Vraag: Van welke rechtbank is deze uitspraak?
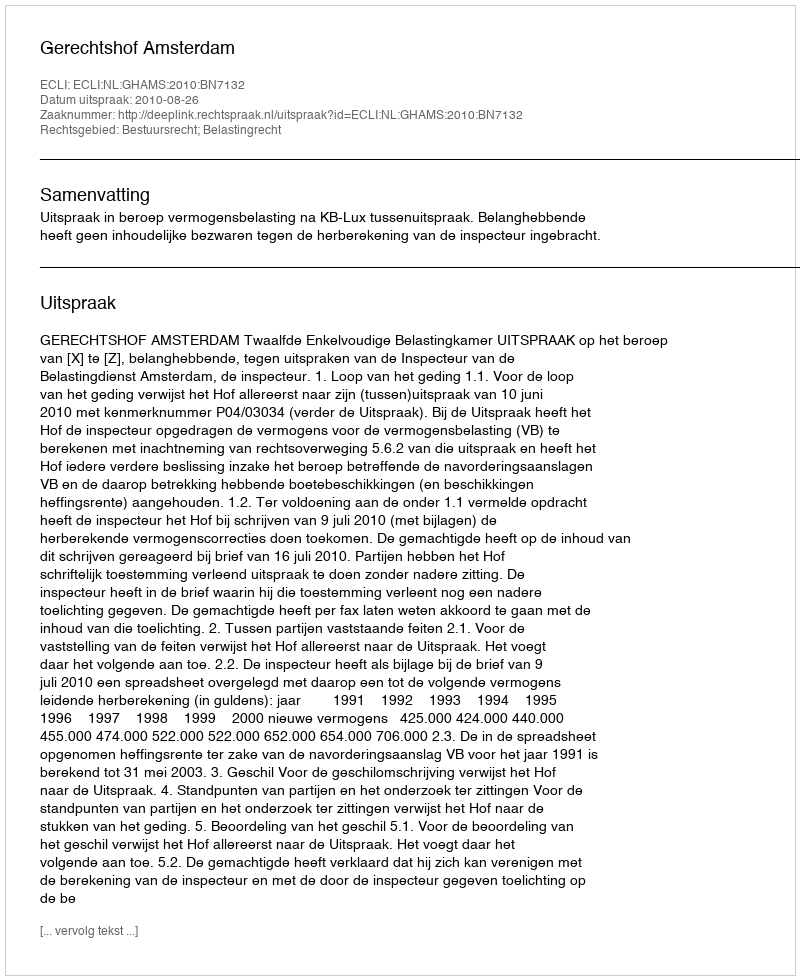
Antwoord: Gerechtshof Amsterdam